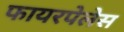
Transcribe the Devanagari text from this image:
फायरपेलेस